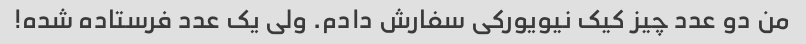
من دو عدد چیز کیک نیویورکی سفارش دادم. ولی یک عدد فرستاده شده!